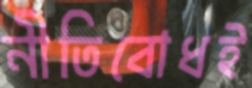
নীতিবোধই